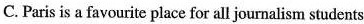
C. Paris is a favourite place for all journalism students